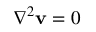
\nabla ^ { 2 } \mathbf { v } = 0